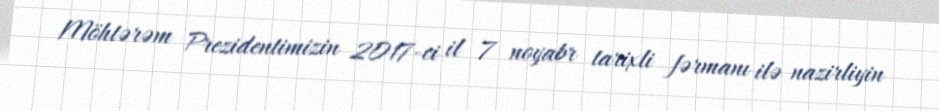
Möhtərəm Prezidentimizin 2017-ci il 7 noyabr tarixli fərmanı ilə nazirliyin